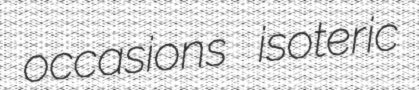
occasions isoteric